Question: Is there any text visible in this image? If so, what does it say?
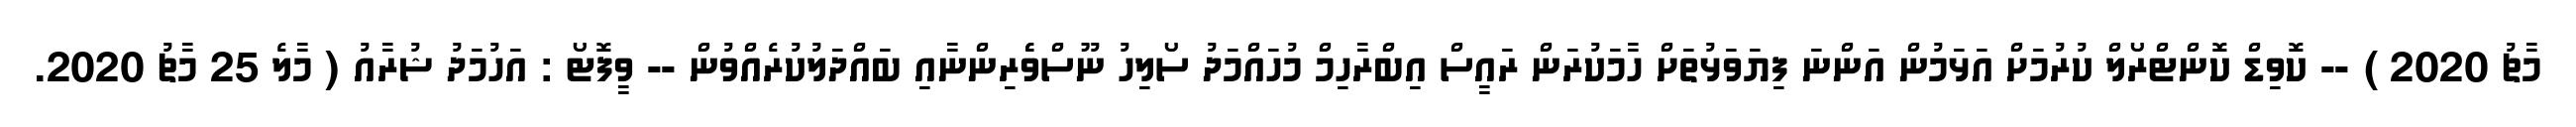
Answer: މާޗު 2020 ) -- ކޮވިޑް ކޮންޓްރޯލް ކުރުމަށް އަޅަމުން އަންނަ ފިޔަވަޅުތަށް ހާމަކުރަން ރައީސް އިބްރާހިމް މުހައްމަދު ސޯލިހު ނޫސްވެެރިންނާއި ބައްދަލުކުރެއްވުން -- ވީފޮޓޯ : އަހުމަދު ޝުރާއު ( މާލެ 25 މާޗު 2020.